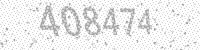
Solution: 408474